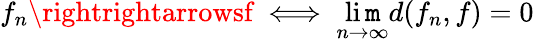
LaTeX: f_{n}\rightrightarrowsf\iff\operatorname*{li\mathtt{m}}_{n\to\infty}d(f_{n},f)=0